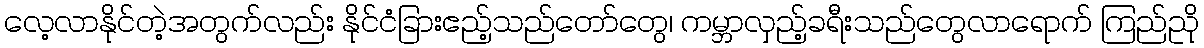
လေ့လာနိုင်တဲ့အတွက်လည်း နိုင်ငံခြားဧည့်သည်တော်တွေ၊ ကမ္ဘာလှည့်ခရီးသည်တွေလာရောက် ကြည်ညို